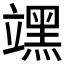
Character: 𮄻